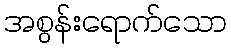
အစွန်းရောက်သော